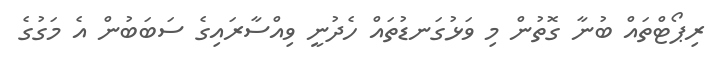
ރިޕޯޓްތައް ބުނާ ގޮތުން މި ވަޅުގަނޑުތައް ހެދުނީ ވިއްސާރައިގެ ސަބަބުން އެ މަގުގެ